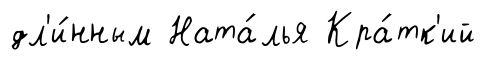
дл'и́нным Ната́лья Кра́тк'ий